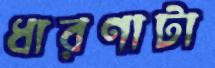
ধারণাটা